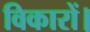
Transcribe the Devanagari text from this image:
विकारों।